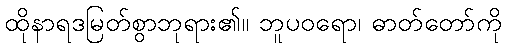
ထိုနာရဒမြတ်စွာဘုရား၏။ ဘူပဝရော၊ ဓာတ်တော်ကို